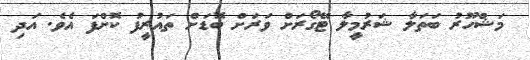
މަޝްހޫރު ބަތަލާ ޝަރުމީލާ ޓޭގޯރަށް ވަރަށް ބޮޑަށް ތައުރީފު ކޮށްފަ އެވެ. އަދި